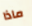
ماذا